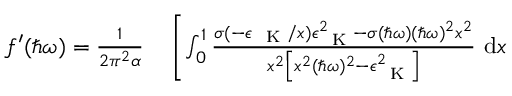
\begin{array} { r l } { f ^ { \prime } ( \hbar \omega ) = \frac { 1 } { 2 \pi ^ { 2 } \alpha } } & { { } \left[ \int _ { 0 } ^ { 1 } \frac { \sigma ( - \epsilon _ { \mathrm { ~ \tiny ~ K ~ } } / x ) \epsilon _ { \mathrm { ~ \tiny ~ K ~ } } ^ { 2 } - \sigma ( \hbar \omega ) ( \hbar \omega ) ^ { 2 } x ^ { 2 } } { x ^ { 2 } \left[ x ^ { 2 } ( \hbar \omega ) ^ { 2 } - \epsilon _ { \mathrm { ~ \tiny ~ K ~ } } ^ { 2 } \right] } ~ \mathrm { d } x \right. } \end{array}